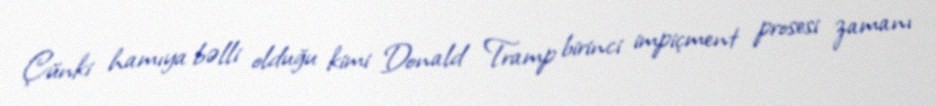
Çünki hamıya bəlli olduğu kimi Donald Tramp birinci impiçment prosesi zamanı